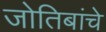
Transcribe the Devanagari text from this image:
जोतिबांचे